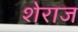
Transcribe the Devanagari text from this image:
शेराज